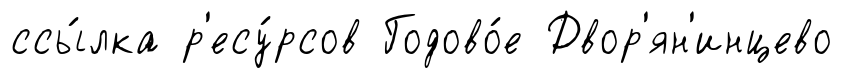
ссы́лка р'есу́рсов Годово́е Двор'ян'инцево